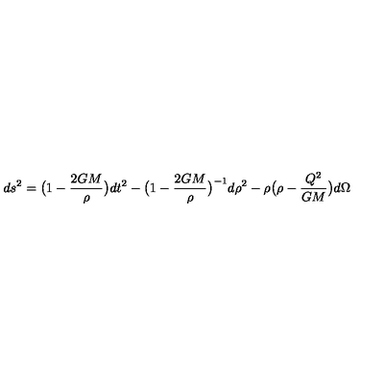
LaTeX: d s ^ { 2 } = \bigl ( 1 - \frac { 2 G M } { \rho } \bigr ) d t ^ { 2 } - \bigl ( 1 - \frac { 2 G M } { \rho } \bigr ) ^ { - 1 } d \rho ^ { 2 } - \rho \bigl ( \rho - \frac { Q ^ { 2 } } { G M } \bigr ) d \Omega